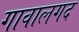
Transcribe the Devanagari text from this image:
गावालगद